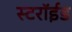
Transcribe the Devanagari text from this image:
स्टरॉईड